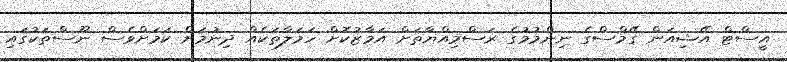
އީސްޓް އޭޝިއަން ގޭމްސްގެ ނިންމުމުގެ ރަސްމިއްޔާތަށް އަމާޒުކޮށް ހަމަލާތަކެއް ދިނުމަށް ކަމަށްވެސް ނޫސްތަކުގައި